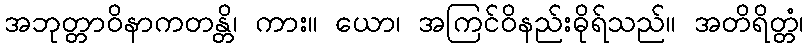
အဘုတ္တာဝိနာကတန္တိ၊ ကား။ ယော၊ အကြင်ဝိနည်းဓိုရ်သည်။ အတိရိတ္တံ၊